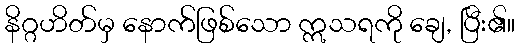
နိဂ္ဂဟိတ်မှ နောက်ဖြစ်သော ဣသရကို ချေ, ပြီး၏။